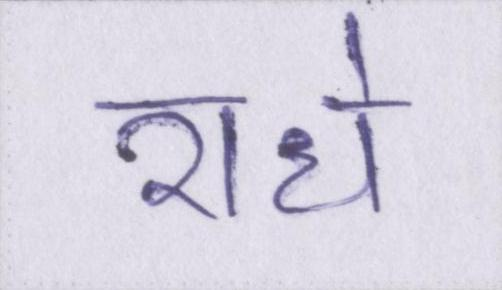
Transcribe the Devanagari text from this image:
राधे